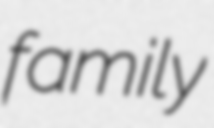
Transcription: family